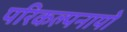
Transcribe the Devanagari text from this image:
परिकल्पनायो